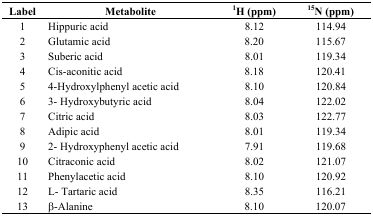
| Label | Metabolite | 1H (ppm) | 15N (ppm) |
 | --- | --- | --- | --- |
 | 1 | Hippuric acid | 8.12 | 114.94 |
 | 2 | Glutamic acid | 8.20 | 115.67 |
 | 3 | Suberic acid | 8.01 | 119.34 |
 | 4 | Cis-aconitic acid | 8.18 | 120.41 |
 | 5 | 4-Hydroxylphenyl acetic acid | 8.10 | 120.84 |
 | 6 | 3- Hydroxybutyric acid | 8.04 | 122.02 |
 | 7 | Citric acid | 8.03 | 122.77 |
 | 8 | Adipic acid | 8.01 | 119.34 |
 | 9 | 2- Hydroxyphenyl acetic acid | 7.91 | 119.68 |
 | 10 | Citraconic acid | 8.02 | 121.07 |
 | 11 | Phenylacetic acid | 8.10 | 120.92 |
 | 12 | L- Tartaric acid | 8.35 | 116.21 |
 | 13 | β-Alanine | 8.10 | 120.07 |